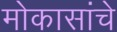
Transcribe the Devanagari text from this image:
मोकासांचे